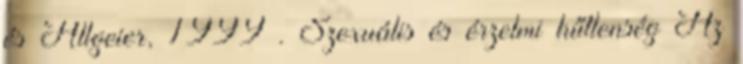
és Allgeier, 1999 . Szexuális és érzelmi hűtlenség Az